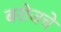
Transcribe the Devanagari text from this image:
बरोजचे